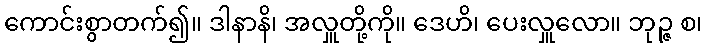
ကောင်းစွာတက်၍။ ဒါနာနိ၊ အလှူတို့ကို။ ဒေဟိ၊ ပေးလှူလော။ ဘုဉ္ဇ စ၊